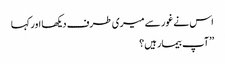
اس نے غور سے میری طرف دیکھا اور کہا
’’آپ بیمار ہیں؟